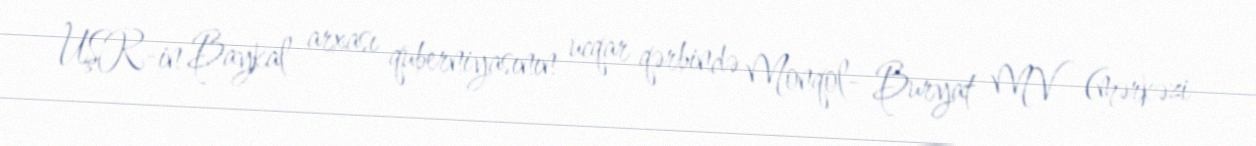
UŞR-in Baykal arxası quberniyasının ucqar qərbində Monqol- Buryat MV (mərkəzi